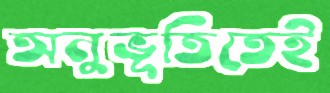
অনুভূতিতেই